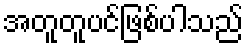
အတူတူပင်ဖြစ်ပါသည်